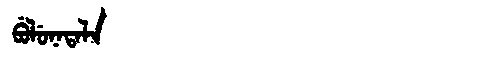
Manchu: ᠪᡠᠯᡠᠨᠠᡨᠠᠯᠠ
Romanization: BULUNATALA